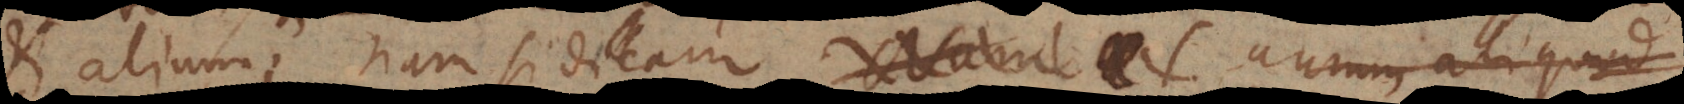
et alium; nam si dicam Nam aurum aliquod